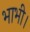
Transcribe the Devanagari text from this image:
भाभी।